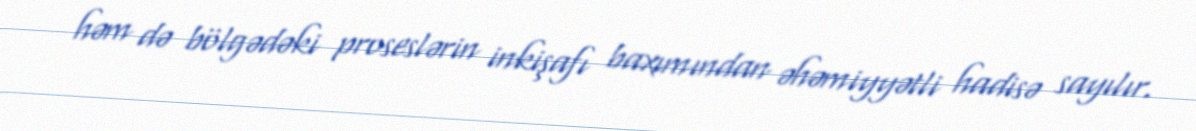
həm də bölgədəki proseslərin inkişafı baxımından əhəmiyyətli hadisə sayılır.